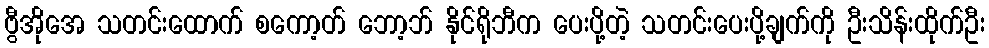
ဗွီအိုအေ သတင်းထောက် စကော့တ် ဘော့ဘ် နိုင်ရိုဘီက ပေးပို့တဲ့ သတင်းပေးပို့ချက်ကို ဦးသိန်းထိုက်ဦး